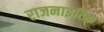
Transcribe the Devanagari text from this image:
राजनाइटिक